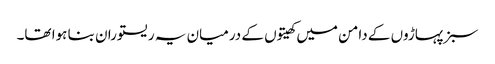
سبز پہاڑوں کے دامن میں کھیتوں کے درمیان یہ ریستوران بنا ہوا تھا۔